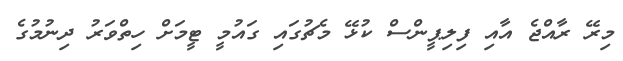
މިރޭ ރާއްޖެ އާއި ފިލިޕީންސް ކުޅޭ މެޗުގައި ގައުމީ ޓީމަށް ހިތްވަރު ދިނުމުގެ